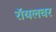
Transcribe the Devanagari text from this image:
रॉयलवर